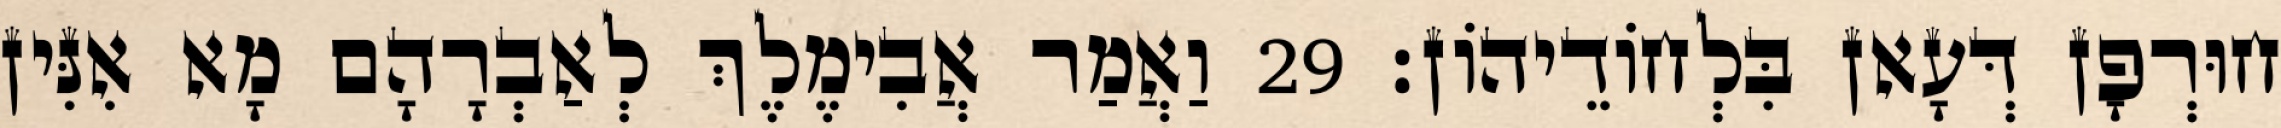
חוּרְפָן דְּעָאן בִּלְחוֹדֵיהוֹן׃ 29 וַאֲמַר אֲבִימֶלֶךְ לְאַבְרָהָם מָא אִנִּין